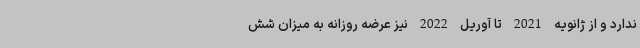
ندارد و از ژانویه 2021 تا آوریل 2022 نیز عرضه روزانه به میزان شش